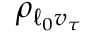
\rho _ { \ell _ { 0 } v _ { \tau } }